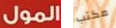
المول مكتب